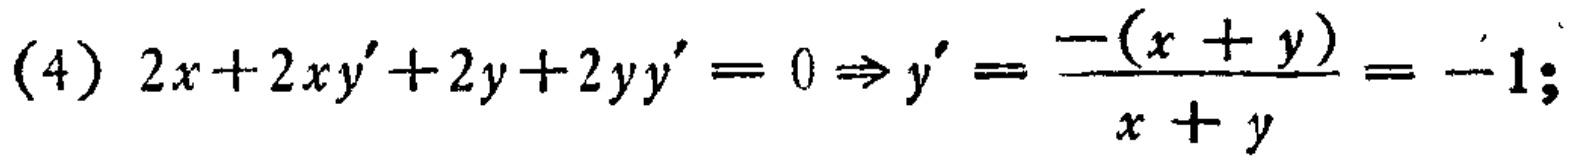
(4) \(2x + 2xy' + 2y+2yy' = 0\Rightarrow y'=\frac{-(x + y)}{x + y}=-1;\)